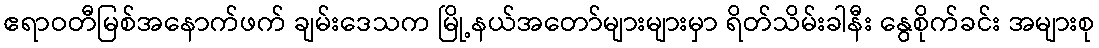
ဧရာဝတီမြစ်အနောက်ဖက် ချမ်းဒေသက မြို့နယ်အတော်များများမှာ ရိတ်သိမ်းခါနီး နွေစိုက်ခင်း အများစု